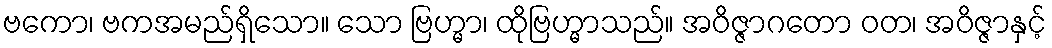
ဗကော၊ ဗကအမည်ရှိသော။ သော ဗြဟ္မာ၊ ထိုဗြဟ္မာသည်။ အဝိဇ္ဇာဂတော ဝတ၊ အဝိဇ္ဇာနှင့်